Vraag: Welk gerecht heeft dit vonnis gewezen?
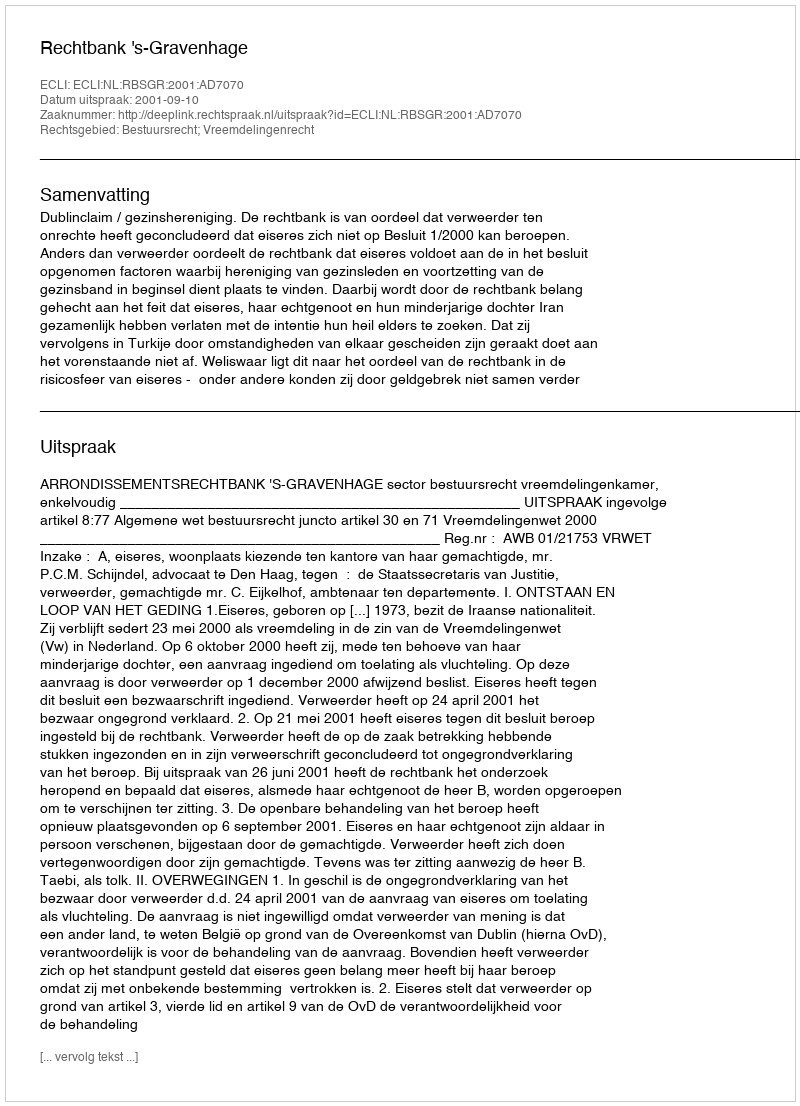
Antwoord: Rechtbank 's-Gravenhage